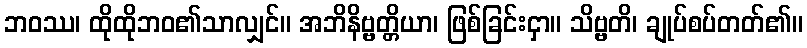
ဘဝဿ၊ ထိုထိုဘဝ၏သာလျှင်။ အဘိနိဗ္ဗတ္တိယာ၊ ဖြစ်ခြင်းငှာ။ သိဗ္ဗတိ၊ ချုပ်စပ်တတ်၏။